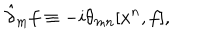
LaTeX: \hat { \partial } _ { m } f \equiv - i \theta _ { m n } [ x ^ { n } , f ] ,